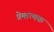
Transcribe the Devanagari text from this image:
प्रेमात्मक